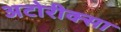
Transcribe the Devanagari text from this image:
अटोरीक्सा